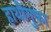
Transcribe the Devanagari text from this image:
हाथीगुफा